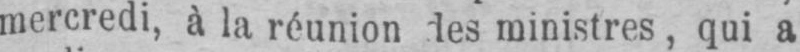
mercredi, à la réunion des ministres, qui a